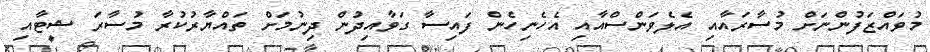
މުވައްޒަފުންނަށް މުސާރައާއި އެލެވަންސްއާއި އެހެނިހެން ފައިސާ ގަވާއިދުން ދިނުމަށް ތައްޔާރުކުރާ މުސާރަ ޝީޓާއި